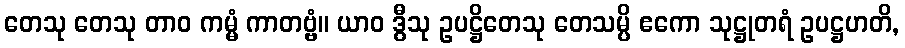
တေသု တေသု တာဝ ကမ္မံ ကာတဗ္ဗံ။ ယာဝ ဒွီသု ဥပဋ္ဌိတေသု တေသမ္ပိ ဧကော သုဋ္ဌုတရံ ဥပဋ္ဌဟတိ,